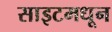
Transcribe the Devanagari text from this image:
साइटमधून